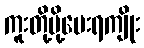
ကူးတို့ပို့ပေးရကျိုး